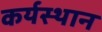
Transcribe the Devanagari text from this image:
कर्यस्थान